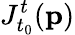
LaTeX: J_{t_{0}}^{t}(\mathbf{p})